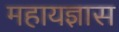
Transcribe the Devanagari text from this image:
महायज्ञास